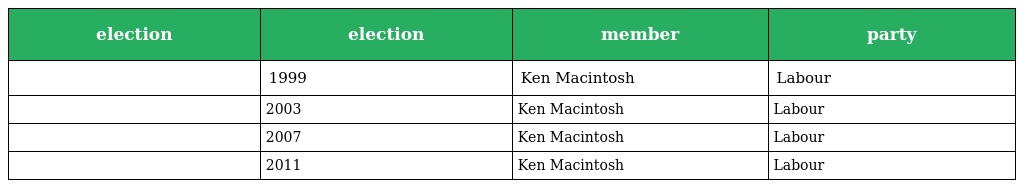
| election | election | member | party |
 | --- | --- | --- | --- |
 |  | 1999 | Ken Macintosh | Labour |
 |  | 2003 | Ken Macintosh | Labour |
 |  | 2007 | Ken Macintosh | Labour |
 |  | 2011 | Ken Macintosh | Labour |